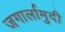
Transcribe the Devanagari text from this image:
जगार्लामुदी